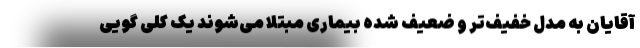
آقایان به مدل خفیف‌تر و ضعیف شده بیماری مبتلا می‌شوند یک کلی گویی